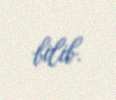
bilib.